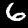
Digit: 6